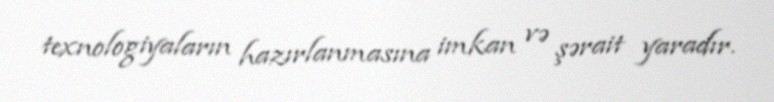
texnologiyaların hazırlanmasına imkan və şərait yaradır.